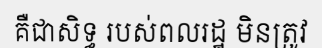
គឺជាសិទ្ធ របស់ពលរដ្ឋ មិនត្រូវ